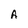
Character: A